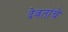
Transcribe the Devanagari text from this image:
देवतांचें